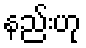
နည်းဟု